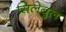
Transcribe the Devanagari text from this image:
सिलेबुल